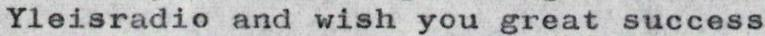
Yleisradio and wish you great success